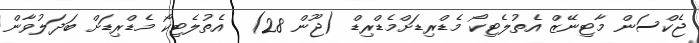
ޖެކްސަން މާޓިނޭޒް އެތުލެޓިކޯ މެޑްރިޑަށްމެޑްރިޑް (ޖޫން 28)  އެތުލެޓިކޯ މެޑްރިޑަށް ބަދަލުވާން